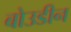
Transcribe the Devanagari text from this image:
बोउडीन